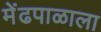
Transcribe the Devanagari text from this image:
मेंढपाळाला